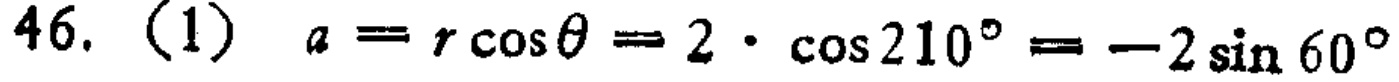
46. (1) \(a = r\cos\theta = 2\cdot\cos210^{\circ}=-2\sin60^{\circ}\)